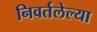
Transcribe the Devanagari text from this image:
निवर्तलेल्या